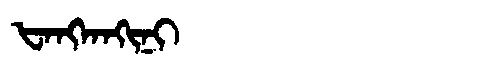
Manchu: ᡶᠠᠩᡴᠠᡴᡳᠨᡳ
Romanization: FANGKAKINI